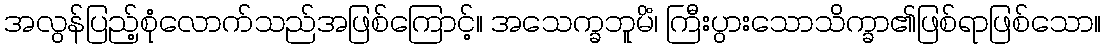
အလွန်ပြည့်စုံလောက်သည်အဖြစ်ကြောင့်။ အသေက္ခဘူမိံ၊ ကြီးပွားသောသိက္ခာ၏ဖြစ်ရာဖြစ်သော။